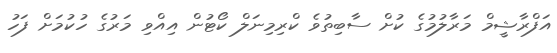
އަފްރާޝީމް މަރާލުމުގެ ކުށް ސާބިތުވެ ކްރިމިނަލް ކޯޓުން އިއްވި މަރުގެ ހުކުމަށް ފަހު